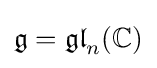
{\mathfrak {g}}={\mathfrak {gl}}_{n}(\mathbb {C} )